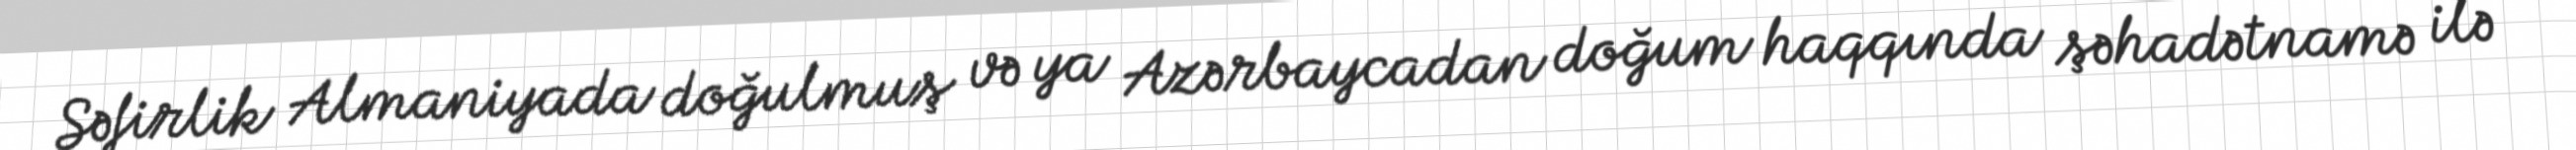
Səfirlik Almaniyada doğulmuş və ya Azərbaycadan doğum haqqında şəhadətnamə ilə